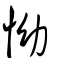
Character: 怮